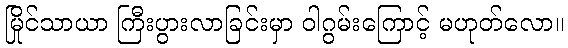
မြိုင်သာယာ ကြီးပွားလာခြင်းမှာ ဝါဂွမ်းကြောင့် မဟုတ်လော။